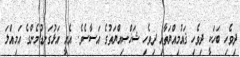
ދިވެހި ބަހަކީ ދިވެހި ޤައުމިއްޔަތާއި ދިވެހި ޝަޚްޞިއްޔަތުގެ އަސާސެވެ. އެއީ އަޅުގަނޑުމެންގެ އަމިއްލަ